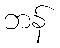
ဘန်